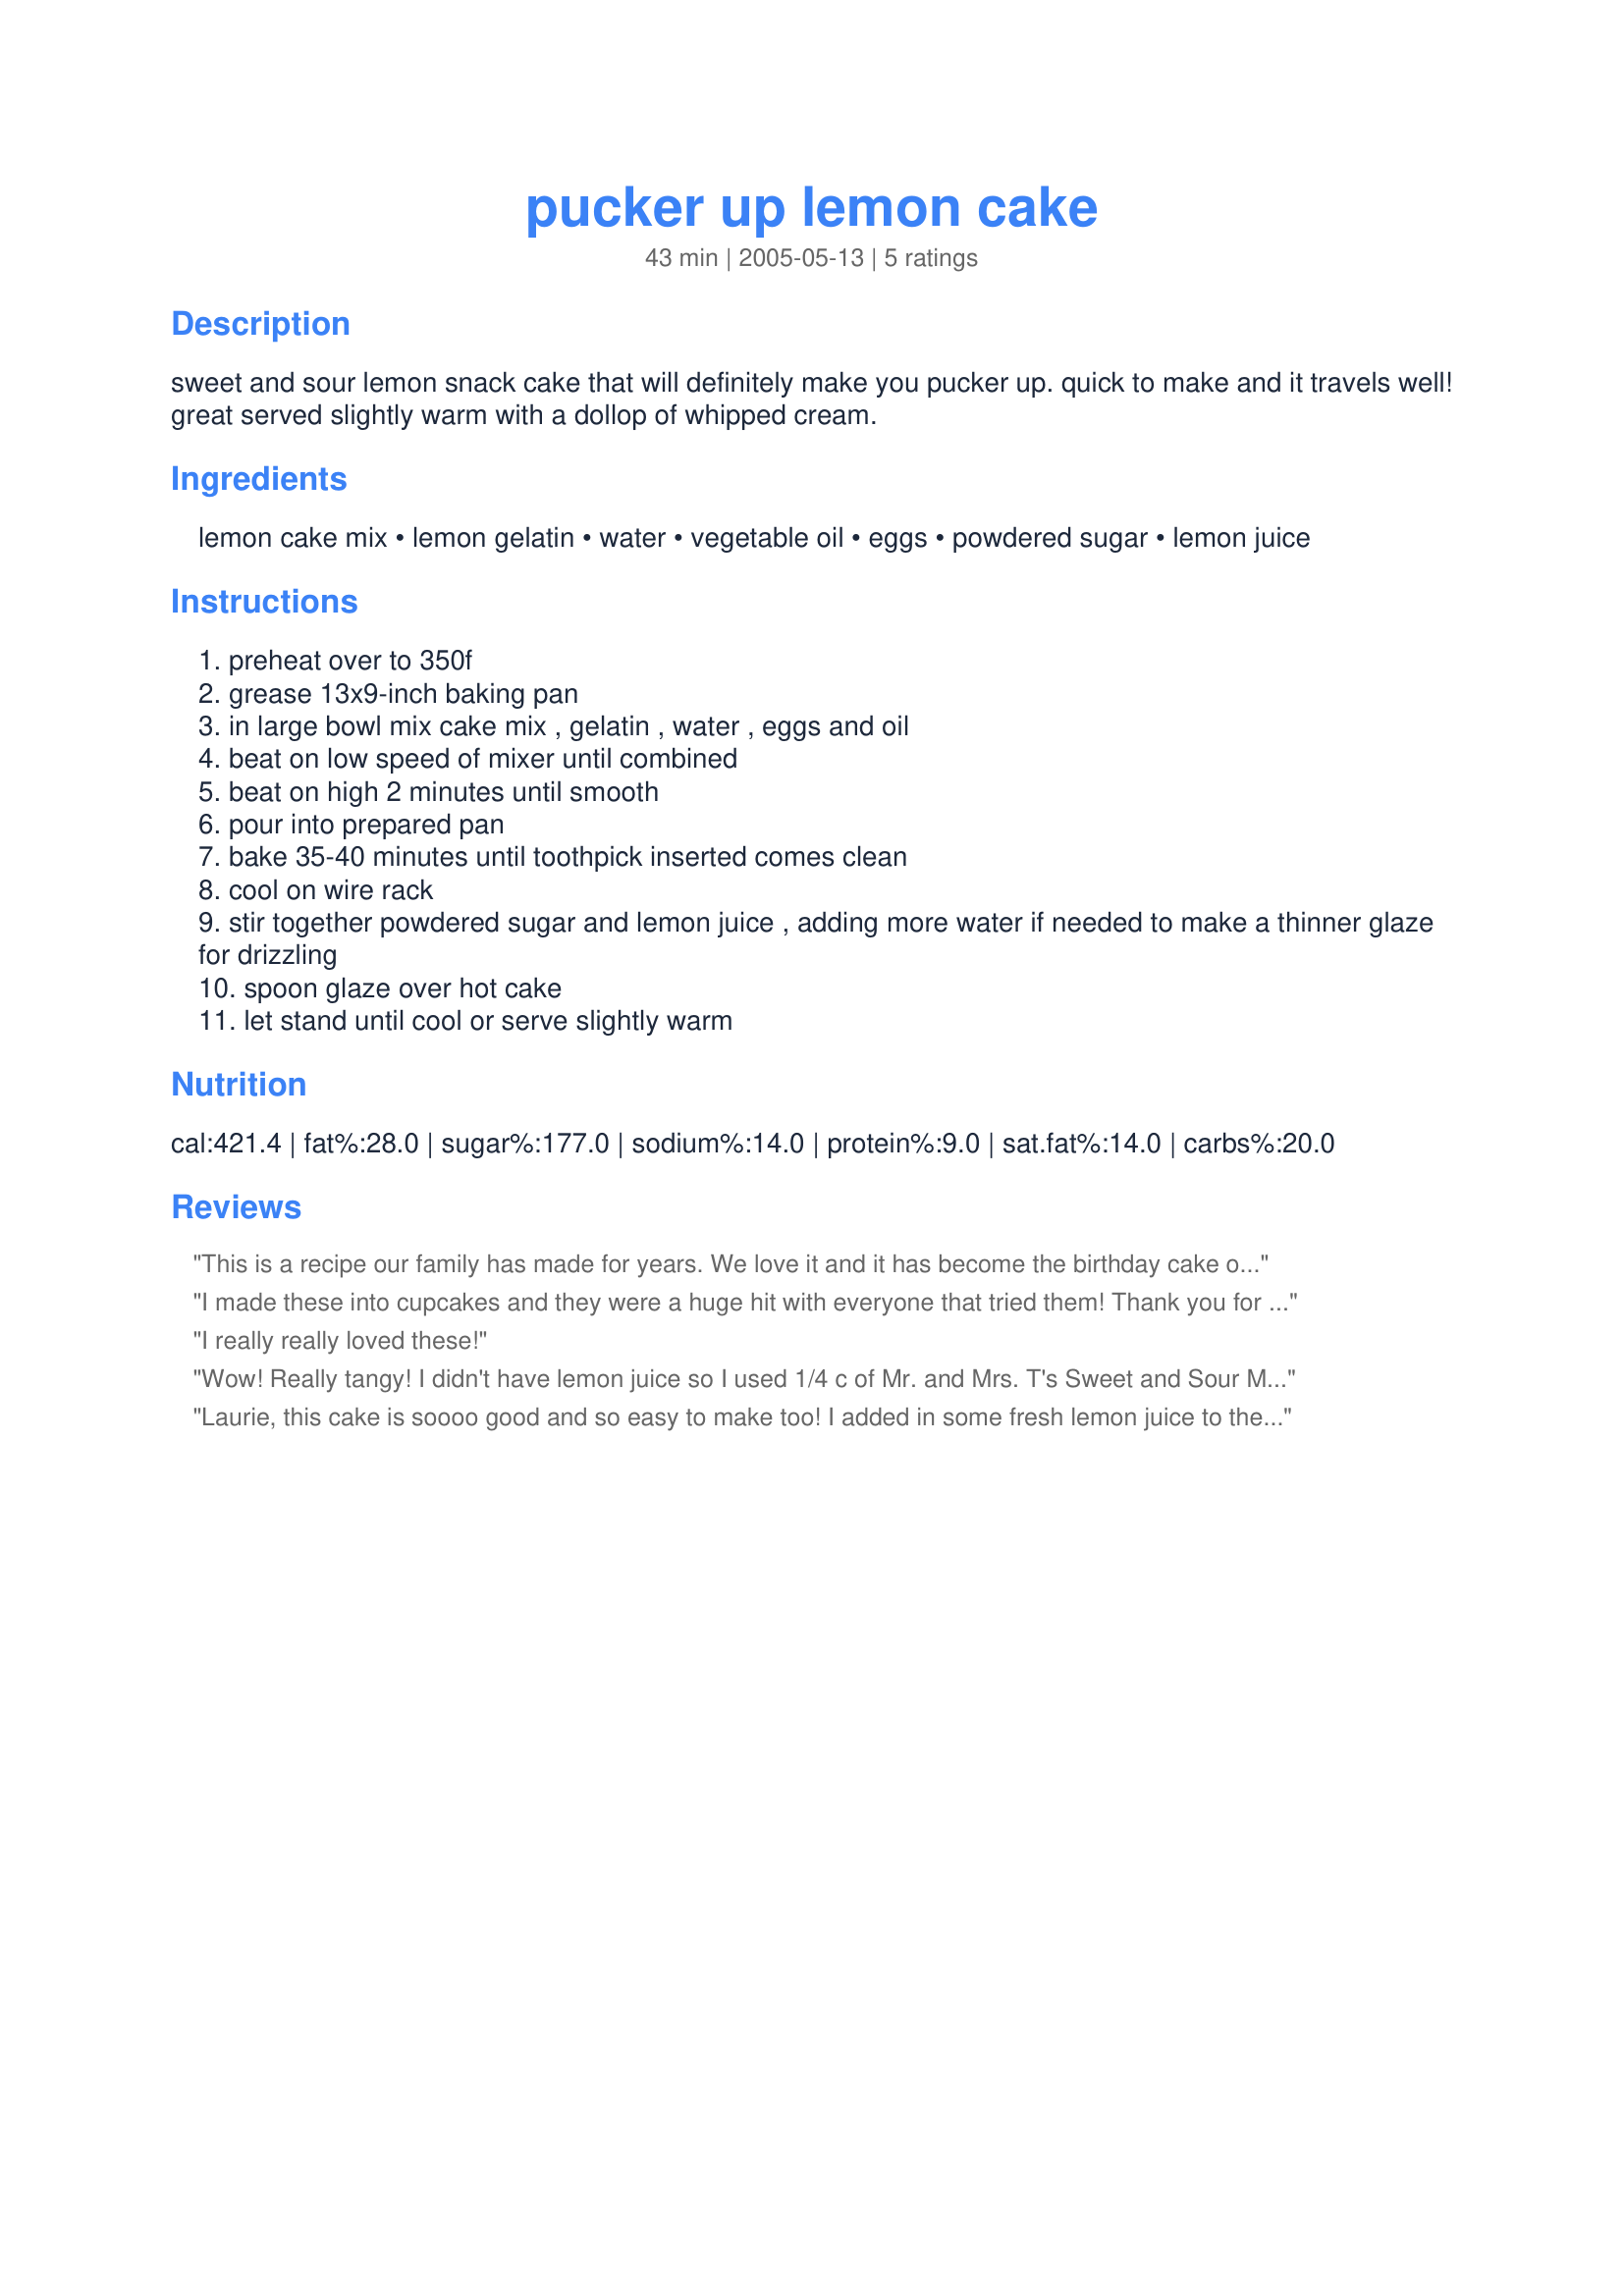
pucker up lemon cake
Preparation time: 43 minutes

sweet and sour lemon snack cake that will definitely make you pucker up. quick to make and it travels well! great served slightly warm with a dollop of whipped cream.

Ingredients:
lemon cake mix, lemon gelatin, water, vegetable oil, eggs, powdered sugar, lemon juice

Steps:
preheat over to 350f
grease 13x9-inch baking pan
in large bowl mix cake mix , gelatin , water , eggs and oil
beat on low speed of mixer until combined
beat on high 2 minutes until smooth
pour into prepared pan
bake 35-40 minutes until toothpick inserted comes clean
cool on wire rack
stir together powdered sugar and lemon juice , adding more water if needed to make a thinner glaze for drizzling
spoon glaze over hot cake
let stand until cool or serve slightly warm

Reviews:
This is a recipe our family has made for years. We love it and it has become the birthday cake of choice for a couple of us!
I made these into cupcakes and they were a huge hit with everyone that tried them! Thank you for posting I will be making these again.
I really really loved these!
Wow! Really tangy! I didn't have lemon juice so I used 1/4 c of Mr. and Mrs. T's Sweet and Sour Mix. Thank you!
Laurie, this cake is soooo good and so easy to make too! I added in some fresh lemon juice to the cake to boost the lemon flavor even more, thanks for suggesting this to me, my DH will love this cake! I know this will become a regular in my house!...Kitten:)
